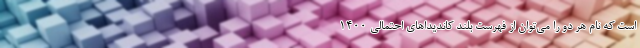
است که نام هر دو را می‌توان از فهرست بلند کاندیداهای احتمالی ۱۴۰۰